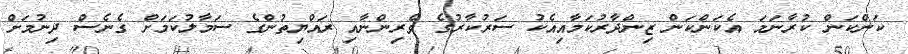
ކަންކަން ކުރާނަމަ އެކަންކަން ޒިންދާރުކަމާއިއެކު ސަރުކާރުގެ ވެރިންނާއި ރައްޔިތުންގެ ސަމާލުކަމަށް ގެނެސް ދިނުމަށް